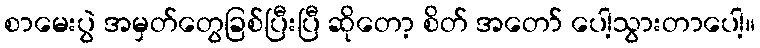
စာမေးပွဲ အမှတ်တွေခြစ်ပြီးပြီ ဆိုတော့ စိတ် အတော် ပေါ့သွားတာပေါ့။